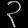
Digit: ၃